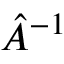
{ \hat { A } } ^ { - 1 }